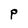
Character: p